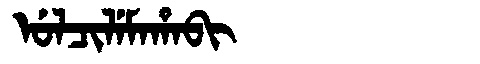
Manchu: ᡠᠯᠴᡳᠯᡝᠮᠠᡥᠠᠪᡳ
Romanization: ULCILEMAHABI